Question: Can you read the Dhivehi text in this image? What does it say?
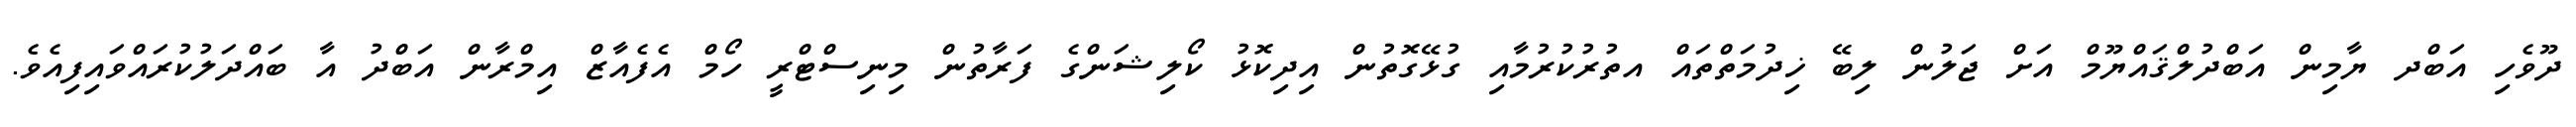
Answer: ދޫވެހި އަބްދ ޔާމިން އަބްދުލްޤައްޔޫމް އަށް ޖަލުން ލިބޭ ޚިދުމަތްތައް އތުރުކުރުމާއި ގުޅޭގޮތުން އިދިކޮޅު ކޯލިޝަންގެ ފަރާތުން މިނިސްޓްރީ ހޯމް އެފެއާޒް އިމްރާން އަބްދު އާ ބައްދަލުކުރައްވައިފިއެވެ.